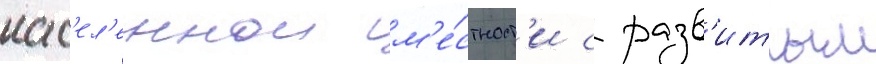
нас'ел'еннои м'е́стност'и с разв'итым